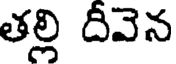
తల్లి దీవెన